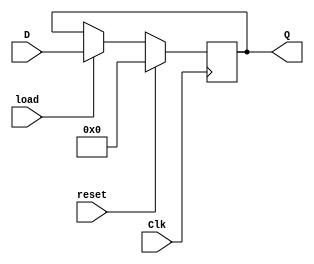
`timescale 1ns / 1ps

module lecture8_1(
    input Clk,
    input [3:0] D,
    input reset,
    input load,
    output reg [3:0] Q
    );
    
    always @(posedge Clk)
        if (reset)
        begin
            Q <= 4'b0;
        end else if (load)
        begin
            Q <= D;
        end
    
endmodule